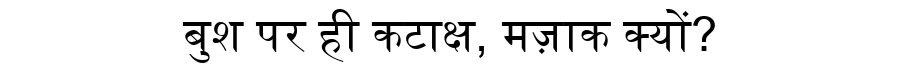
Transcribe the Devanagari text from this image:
बुश पर ही कटाक्ष, मज़ाक क्यों?